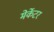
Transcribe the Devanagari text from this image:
मेर्केटर